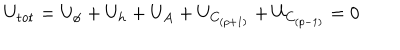
U _ { \mathrm { t o t } } = U _ { \phi } + U _ { h } + U _ { A } + U _ { C _ { ( p + 1 ) } } + U _ { C _ { ( p - 1 ) } } = 0